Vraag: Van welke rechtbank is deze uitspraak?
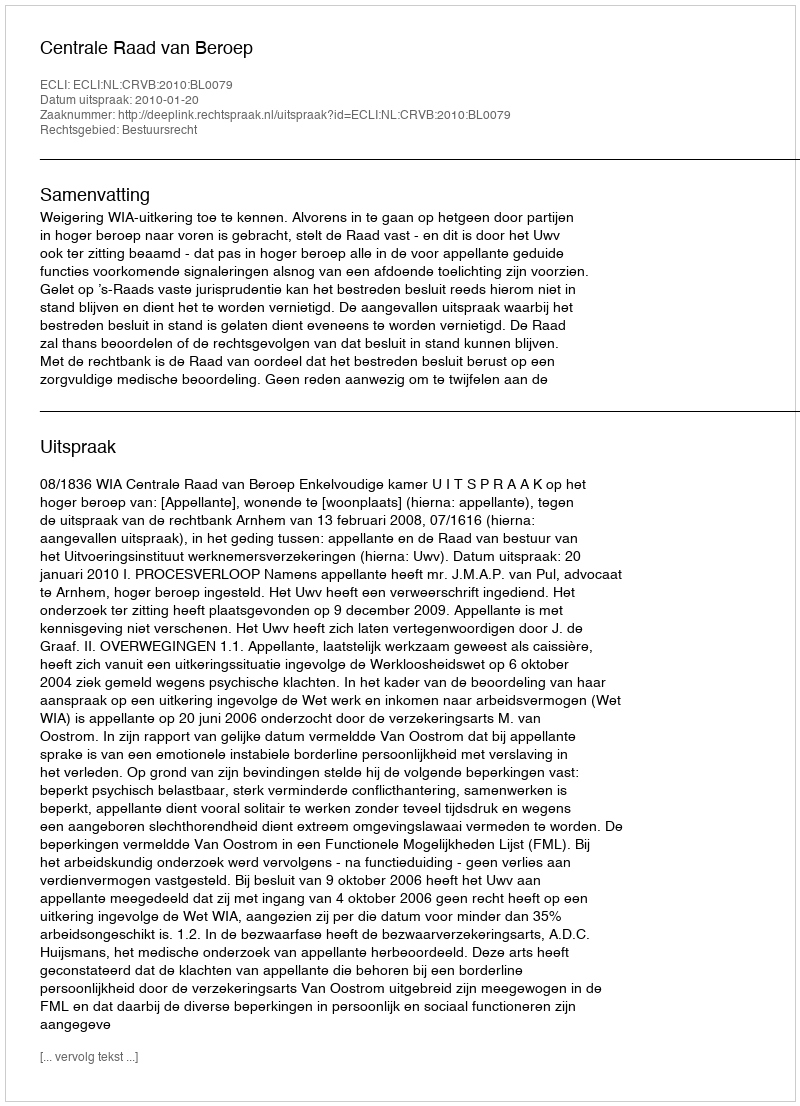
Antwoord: Centrale Raad van Beroep